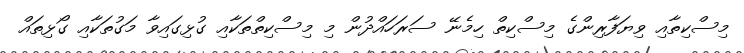
މިސްކިތާއި ވިޔަފާރިންގެ މިސްކިތް ހިމެނޭ ސަރަހައްދުން މި މިސްކިތްތަކާއި ގުޅިގައިވާ މަގުތަކާއި ގޯޅިތައް